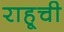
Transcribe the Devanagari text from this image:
राहूची